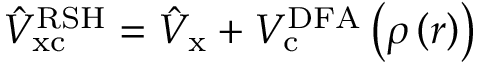
\hat { V } _ { \mathrm { { x c } } } ^ { \mathrm { { R S H } } } = \hat { V } _ { \mathrm { { x } } } + V _ { \mathrm { { c } } } ^ { \mathrm { { D F A } } } \left( \rho \left( \boldsymbol { r } \right) \right)